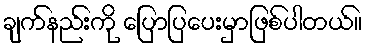
ချက်နည်းကို ပြောပြပေးမှာဖြစ်ပါတယ်။